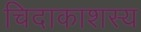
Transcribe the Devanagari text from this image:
चिदाकाशस्य